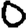
Digit: 0